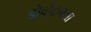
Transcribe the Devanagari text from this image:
डोव्हेटनला